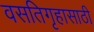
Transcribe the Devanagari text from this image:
वसतिगृहासाठी